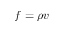
f = \rho v